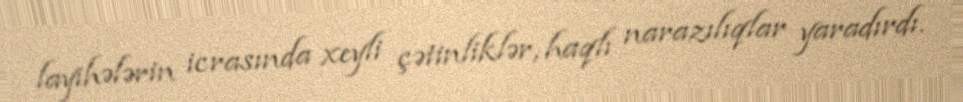
layihələrin icrasında xeyli çətinliklər, haqlı narazılıqlar yaradırdı.